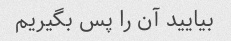
بیایید آن را پس بگیریم